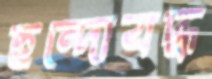
ছন্দোবদ্ধ